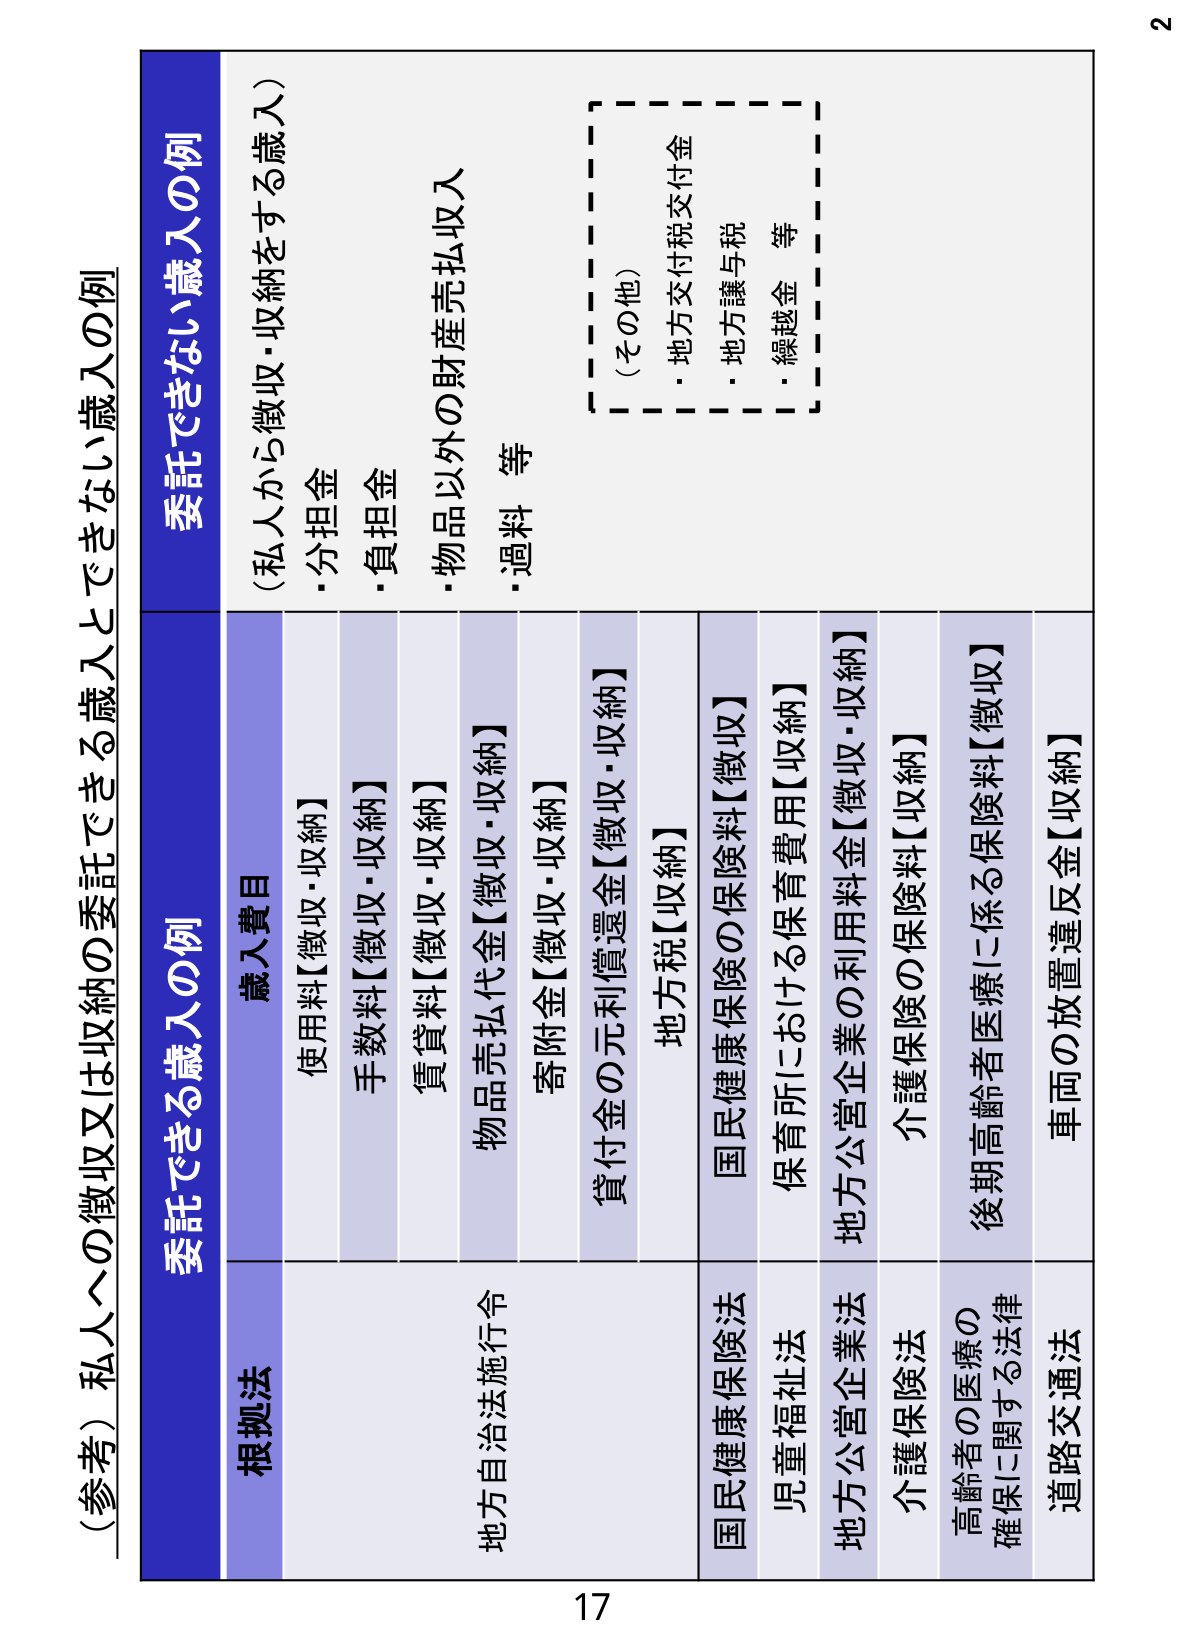
(参考) 私人への徴収又は収納の委託できる歳入とできない歳入の例

委託できる歳入の例

根拠法
歳入費目

地方自治法施行令
・使用料【徴収・収納】
・手数料【徴収・収納】
・賃貸料【徴収・収納】
・物品売払代金【徴収・収納】
・寄附金【徴収・収納】
・貸付金の元利償還金【徴収・収納】

国民健康保険法
・地方税【収納】

児童福祉法
・国民健康保険の保険料【徴収】

地方公営企業法
・保育所における保育費用【収納】

介護保険法
・地方公営企業の利用料金【徴収・収納】

高齢者の医療の確保に関する法律
・介護保険の保険料【収納】

道路交通法
・後期高齢者医療に係る保険料【徴収】
・車両の放置違反金【収納】

委託できない歳入の例
(私人から徴収・収納をする歳入)
・分担金
・負担金
・物品以外の財産売払収入
・過料 等

(その他)
・地方交付税交付金
・地方譲与税
・繰越金 等

17
2